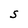
Character: S